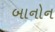
બાનોન